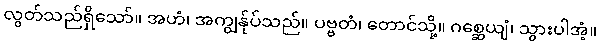
လွတ်သည်ရှိသော်။ အဟံ၊ အကျွန်ုပ်သည်။ ပဗ္ဗတံ၊ တောင်သို့။ ဂစ္ဆေယျံ၊ သွားပါအံ့။